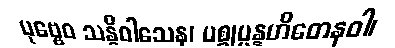
ပုဗ္ဗေဝ သန္နိဝါသေန၊ ပစ္စုပ္ပန္နဟိတေနဝါ၊